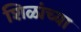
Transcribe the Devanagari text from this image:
शिळांच्या